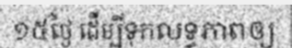
១៥ថ្ងៃ ដើម្បីទុកលទ្ធភាពឲ្យ